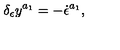
\delta _ { \epsilon } y ^ { a _ { 1 } } = - \dot { \epsilon } ^ { a _ { 1 } } ,